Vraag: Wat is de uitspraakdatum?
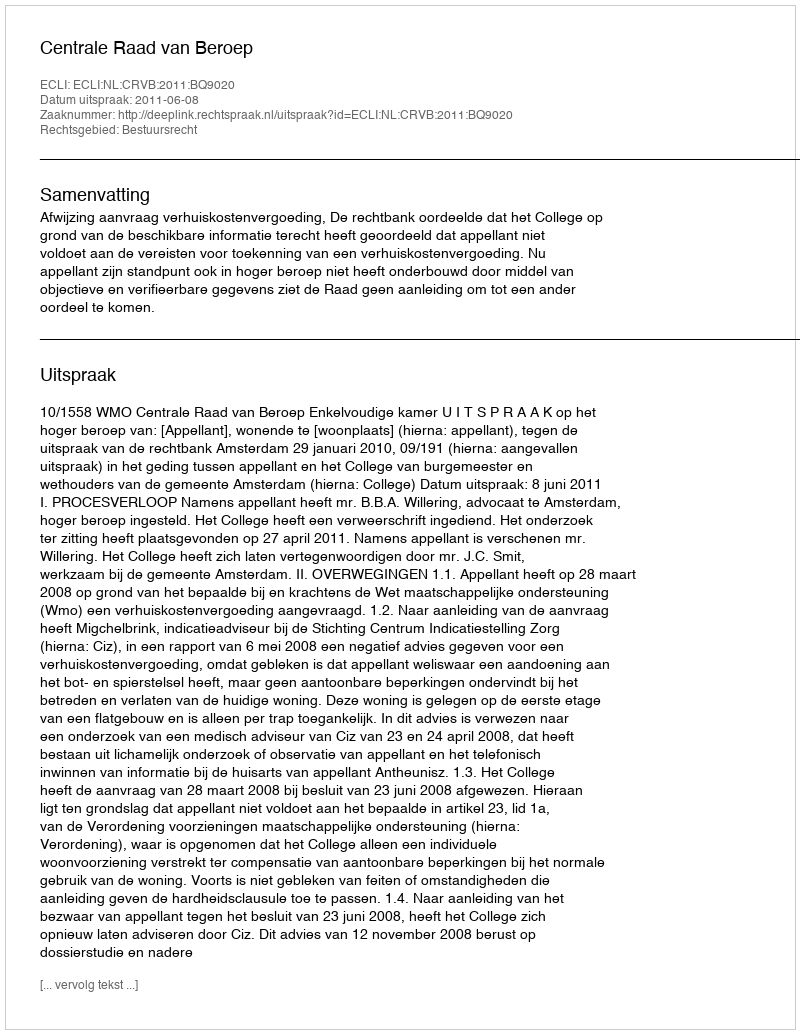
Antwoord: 2011-06-08